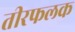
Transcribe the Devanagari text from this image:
तीरफलक